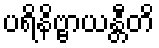
ပရိနိဗ္ဗာယန္တီတိ